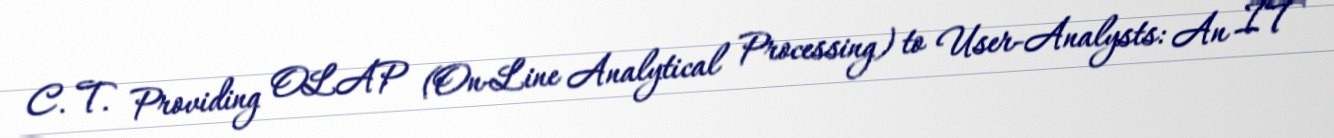
C. T. Providing OLAP (On-Line Analytical Processing) to User-Analysts: An IT